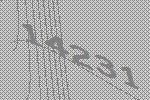
14231